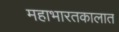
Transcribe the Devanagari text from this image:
महाभारतकालात